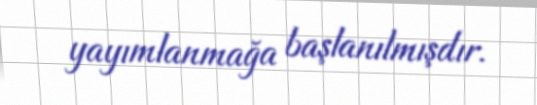
yayımlanmağa başlanılmışdır.